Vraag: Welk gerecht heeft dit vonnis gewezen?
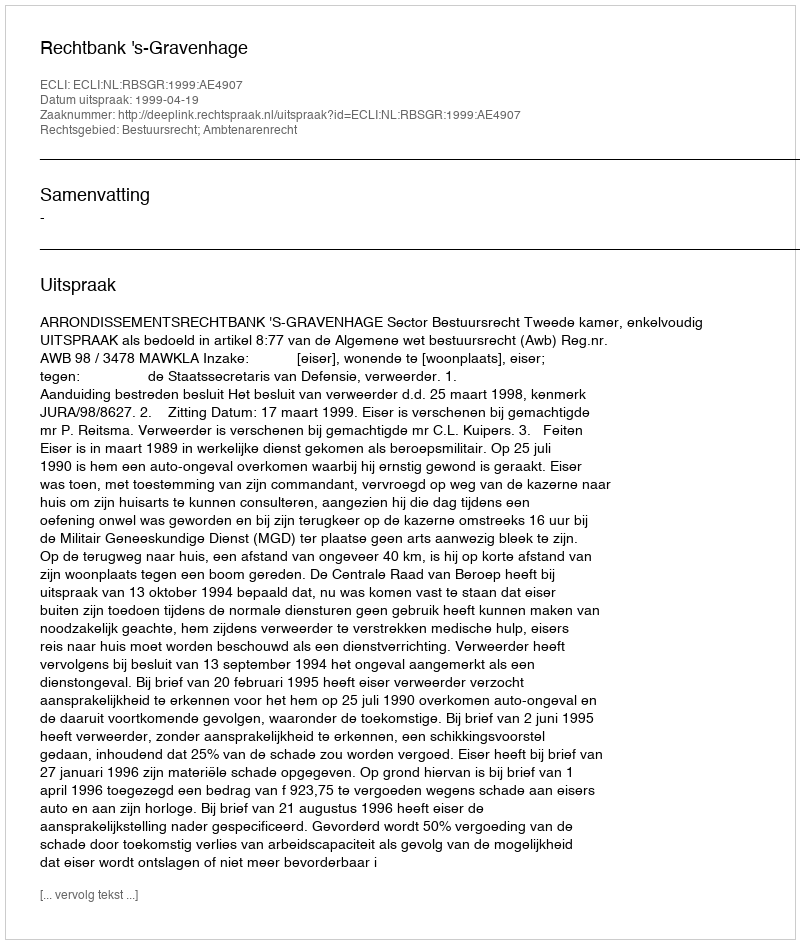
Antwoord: Rechtbank 's-Gravenhage